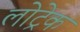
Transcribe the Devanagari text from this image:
लोट्रेक